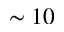
\sim 1 0